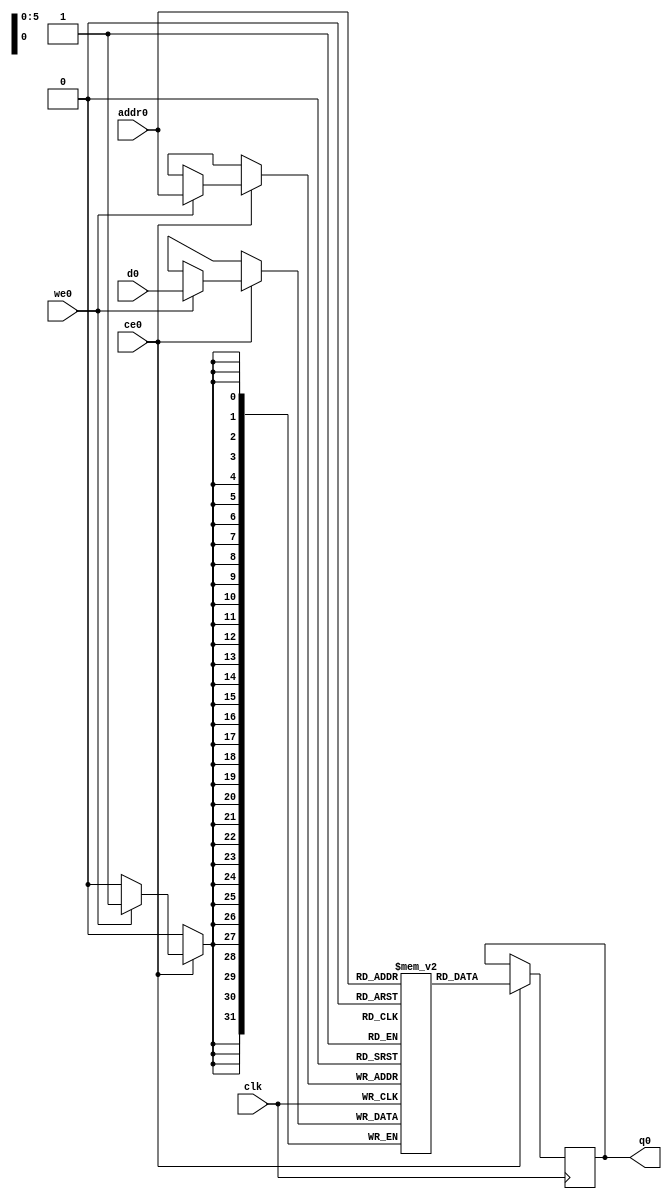
// ==============================================================
// Vivado(TM) HLS - High-Level Synthesis from C, C++ and SystemC v2019.2_AR72614 (64-bit)
// Copyright 1986-2019 Xilinx, Inc. All Rights Reserved.
// ==============================================================
`timescale 1 ns / 1 ps
module mmult_hw_local_out_ram (addr0, ce0, d0, we0, q0,  clk);

parameter DWIDTH = 32;
parameter AWIDTH = 6;
parameter MEM_SIZE = 64;

input[AWIDTH-1:0] addr0;
input ce0;
input[DWIDTH-1:0] d0;
input we0;
output reg[DWIDTH-1:0] q0;
input clk;

(* ram_style = "block" *)reg [DWIDTH-1:0] ram[0:MEM_SIZE-1];




always @(posedge clk)  
begin 
    if (ce0) begin
        if (we0) 
            ram[addr0] <= d0; 
        q0 <= ram[addr0];
    end
end


endmodule

`timescale 1 ns / 1 ps
module mmult_hw_local_out(
    reset,
    clk,
    address0,
    ce0,
    we0,
    d0,
    q0);

parameter DataWidth = 32'd32;
parameter AddressRange = 32'd64;
parameter AddressWidth = 32'd6;
input reset;
input clk;
input[AddressWidth - 1:0] address0;
input ce0;
input we0;
input[DataWidth - 1:0] d0;
output[DataWidth - 1:0] q0;



mmult_hw_local_out_ram mmult_hw_local_out_ram_U(
    .clk( clk ),
    .addr0( address0 ),
    .ce0( ce0 ),
    .we0( we0 ),
    .d0( d0 ),
    .q0( q0 ));

endmodule